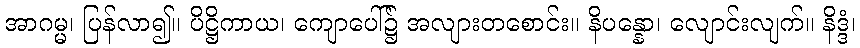
အာဂမ္မ၊ ပြန်လာ၍။ ပိဋ္ဌိကာယ၊ ကျောပေါ်၌ အလျားတစောင်း။ နိပန္နော၊ လျောင်းလျက်။ နိဒ္ဒံ၊